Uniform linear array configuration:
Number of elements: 48
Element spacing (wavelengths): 0.5
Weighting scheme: uniform
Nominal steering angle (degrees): -45
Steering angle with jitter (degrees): -45.853
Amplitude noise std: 0.05
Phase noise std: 0.05

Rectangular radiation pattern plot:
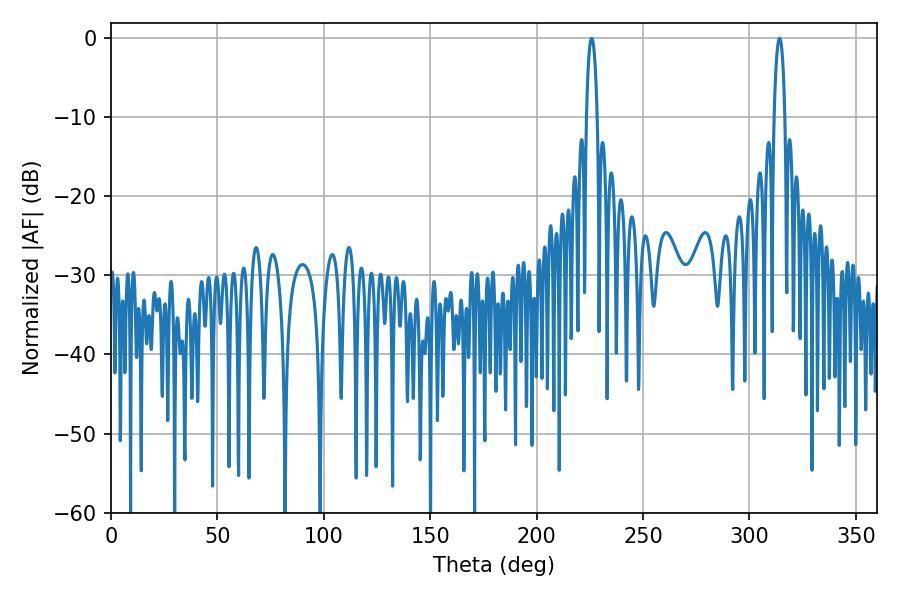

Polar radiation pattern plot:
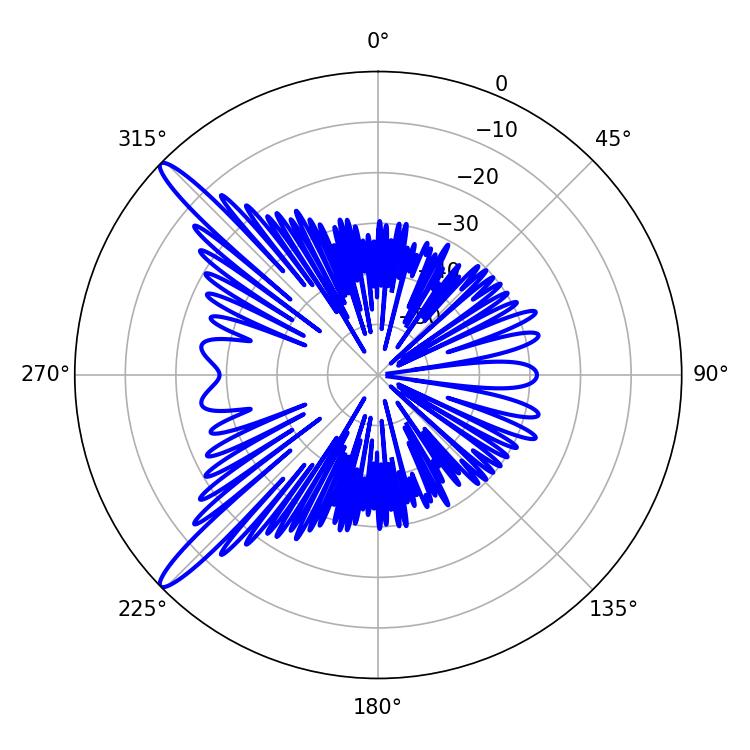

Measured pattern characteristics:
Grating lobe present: FALSE
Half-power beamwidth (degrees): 2.88
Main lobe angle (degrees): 225.9